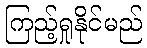
ကြည့်ရှုနိုင်မည်